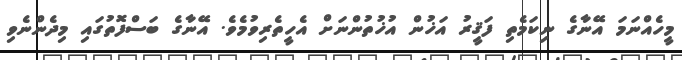
މީހެއްނަމަ އޭނާގެ ނިކަމެތި ފަޤީރު އަޚުން އުޚުތުންނަށް އެހީތެރިވުމެވެ. އޭނާގެ ބަސްފޮތުގައި މިދެންނެވި